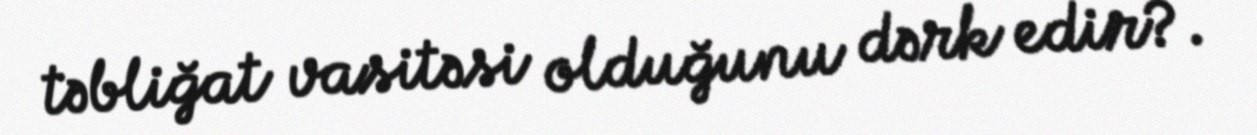
təbliğat vasitəsi olduğunu dərk edir?.